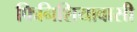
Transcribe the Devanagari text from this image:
फिनिशियावासी